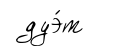
дуэ́т